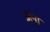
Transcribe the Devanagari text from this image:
अंपा